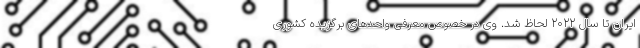
ایران تا سال 2022 لحاظ شد. وی در خصوص معرفی واحدهای برگزیده کشوری